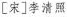
[宋]李清照